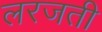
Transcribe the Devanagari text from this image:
लरजती